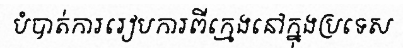
បំបាត់ការរៀបការពីក្មេងនៅក្នុងប្រទេស